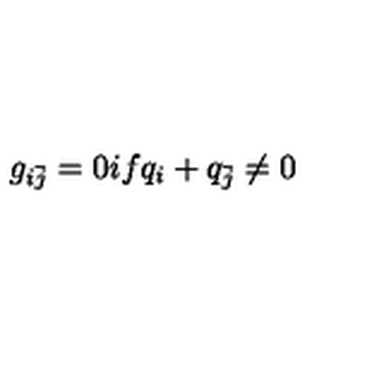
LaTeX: g _ { i { \bar { j } } } = 0 i f q _ { i } + q _ { \bar { j } } \neq 0